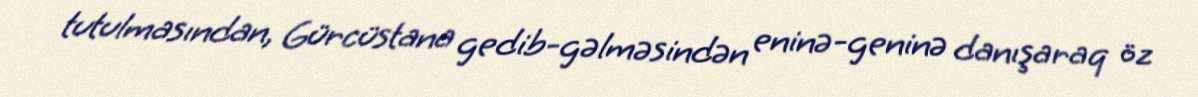
tutulmasından, Gürcüstana gedib-gəlməsindən eninə-geninə danışaraq öz